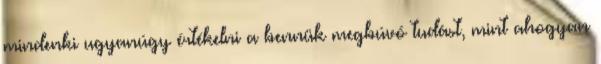
mindenki ugyanúgy értékelni a bennük megbúvó tudást, mint ahogyan